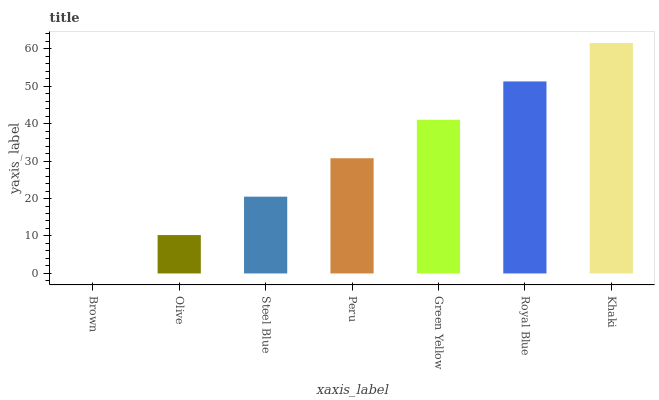
| xaxis_label | bars |
 | --- | --- |
 | Brown | 0 |
 | Olive | 10.2 |
 | Steel Blue | 20.5 |
 | Peru | 30.7 |
 | Green Yellow | 41 |
 | Royal Blue | 51.2 |
 | Khaki | 61.5 |